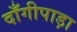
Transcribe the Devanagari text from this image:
दाँगीपाड़ा